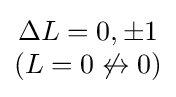
{\begin{matrix}\Delta L=0,\pm 1\\(L=0\not \leftrightarrow 0)\end{matrix}}